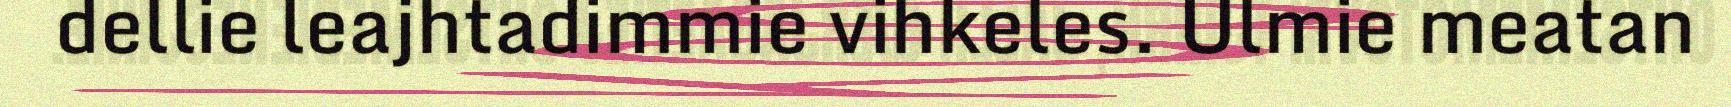
dellie leajhtadimmie vihkeles. Ulmie meatan